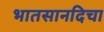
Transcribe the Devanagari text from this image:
भातसानदिचा